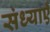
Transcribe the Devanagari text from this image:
संध्याएँ